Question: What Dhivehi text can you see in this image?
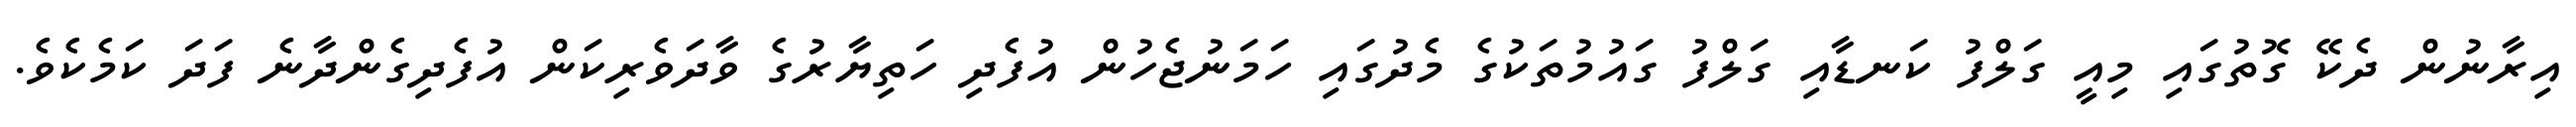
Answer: އިރާނުން ދެކޭ ގޮތުގައި މިއީ ގަލްފު ކަނޑާއި ގަލްފު ގައުމުތަކުގެ މެދުގައި ހަމަނުޖެހުން އުފެދި ހަތިޔާރުގެ ވާދަވެރިކަން އުފެދިގެންދާނެ ފަދަ ކަމެކެވެ.